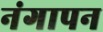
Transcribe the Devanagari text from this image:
नंगापन